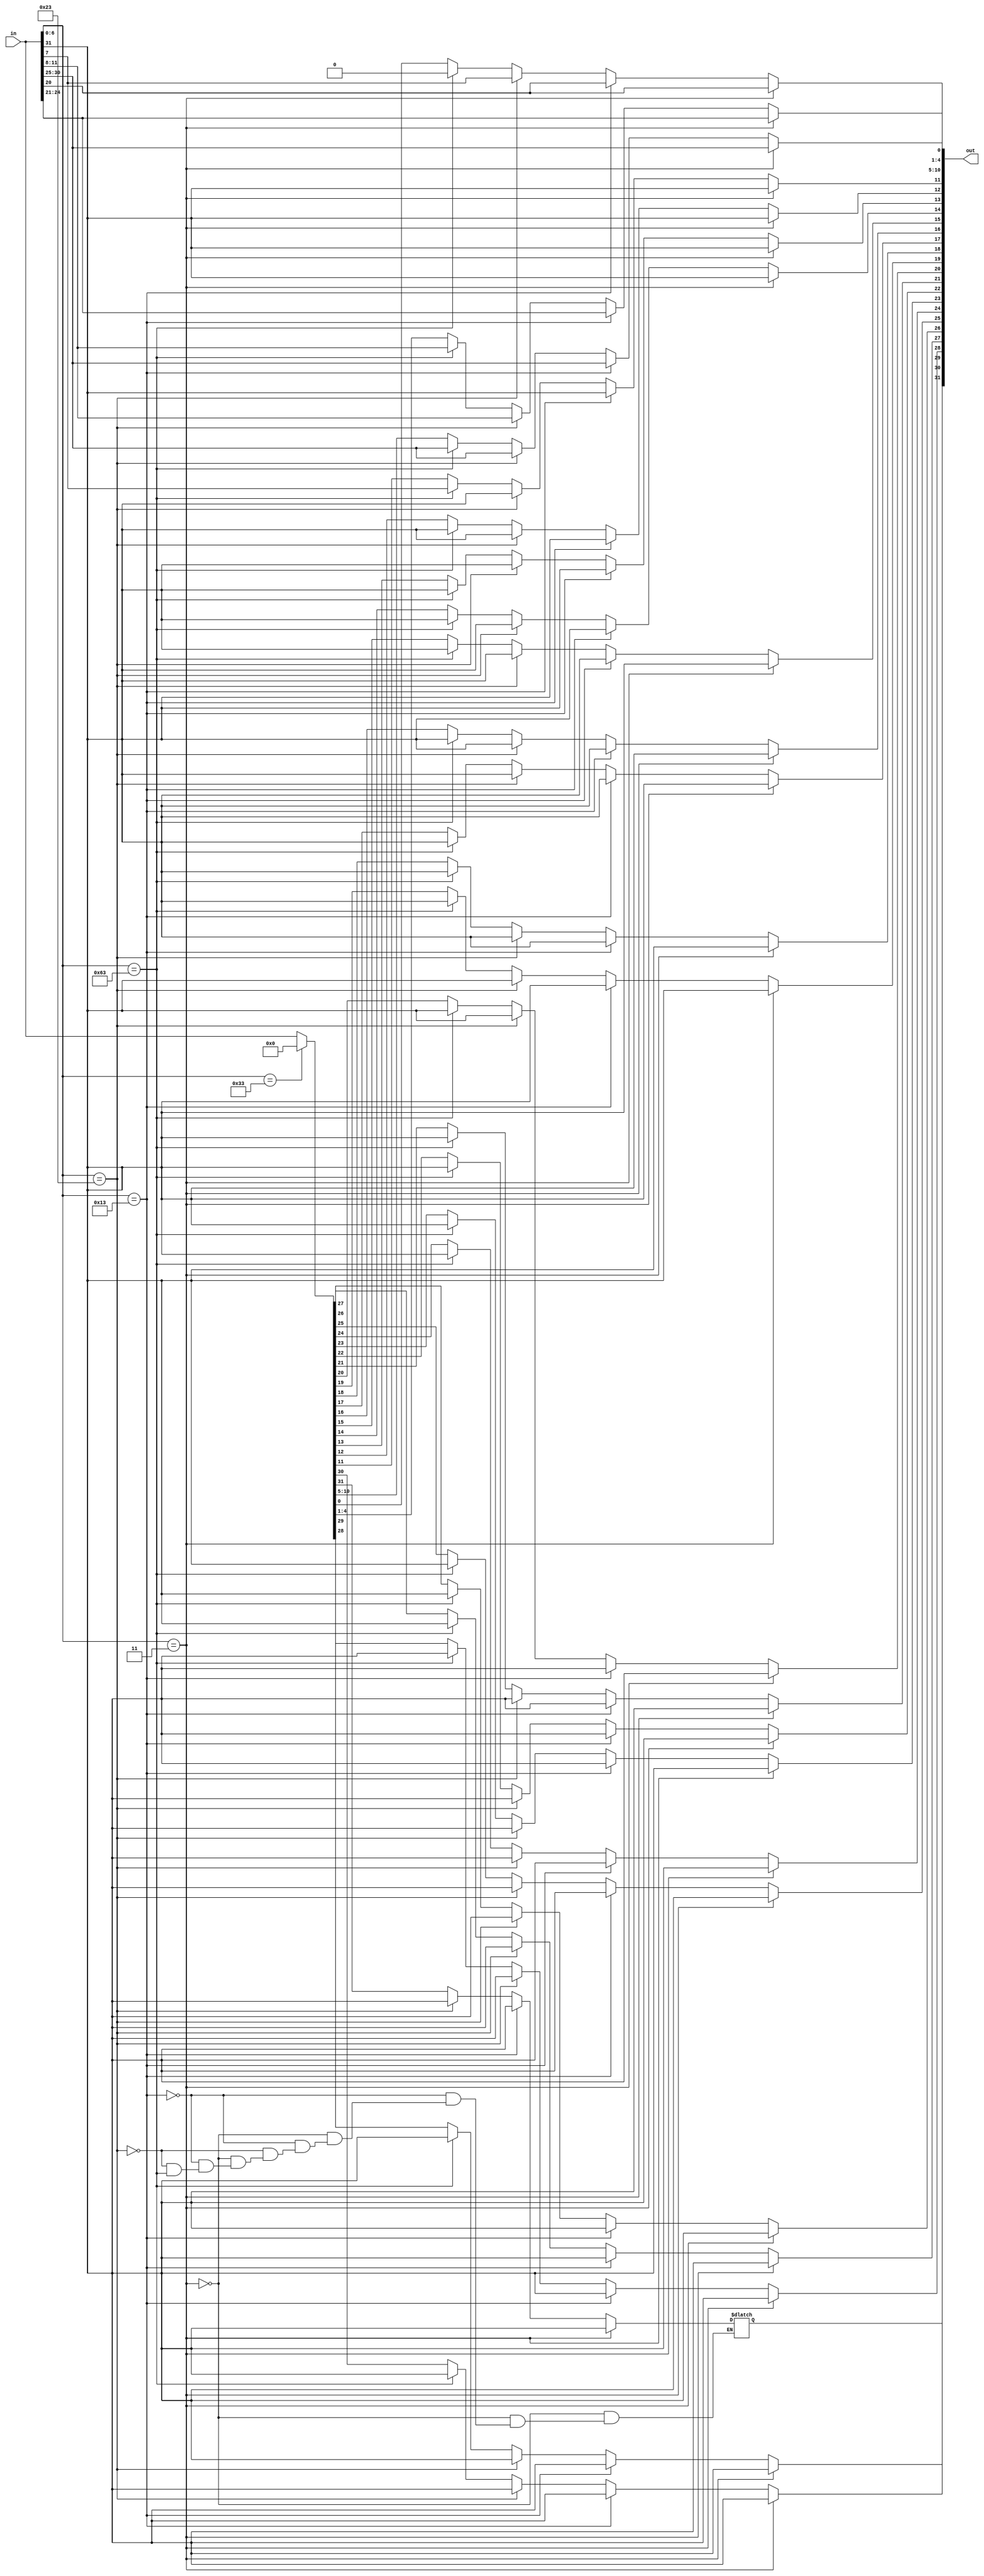
`timescale 1ns / 1ps
//////////////////////////////////////////////////////////////////////////////////
// Company: 
// Engineer: 
// 
// Design Name: 
// Module Name: imm_gen
// Project Name: 
// Target Devices: 
// Tool Versions: 
// Description: 
// 
// Dependencies: 
// 
// Revision:
// Revision 0.01 - File Created
// Additional Comments:
// 
//////////////////////////////////////////////////////////////////////////////////


module imm_gen(input[31:0] in,
                output reg [31:0] out);
    integer i;
    always@(in)
    begin
        if (in[6:0] == 7'b0000011)//lw imediate
            begin
                for(i = 0; i < 21; i = i + 1) begin
                    out[11 + i] = in[31];   
                end 
                out[10:5] = in[30:25];
                out[4:1] = in[24:21];
                out[0] = in[20];
                
                
            end
          else if(in[6:0] == 7'b0010011)//slli imediate
          begin
                for(i = 0; i < 21; i = i + 1) begin
                    out[11 + i] = in[31];   
                end
                out[10:5] = in[30:25];
                out[4:1] = in[24:21];
                out[0] = in[20];
                
                
          end
         else if (in[6:0] == 7'b0100011)//sw
         begin
                for(i = 0; i < 21; i = i + 1) begin
                    out[11 + i] = in[31];   
                end 
            out[10:5] = in[30:25];
            out[4:1] = in[11:8];
            out[0] = in[7];
            
            
            
         end
            //b
         else if(in[6:0] == 7'b1100011)//brench instr
            begin
                 for(i = 0; i < 19; i = i + 1)begin
                    out[12 + i] = in[31];
                 end
                out[10:5] = in[30:25];
                out[4:1] = in[11:8];
                out[11] = in[7];
                out[0] = 0;
                
                
                
            end
            //r
           else  if(in[6:0] == 7'b0110011)
                begin
                    out = 0;
                end
          else
             begin
                out = in; 
          end
     end
         
endmodule